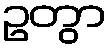
ဥတွာ